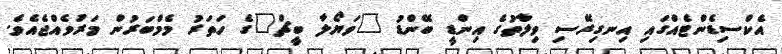
އެކްސިޑެންޓެއްގައި އިނގިރޭސި ވިލާތުގެ އިންޑީ ބޭންޑު "ވަޔޯލާ ބީޗް"ގެ ހަތަރު މެމްބަރުން މަރުވެއްޖެއެވެ.